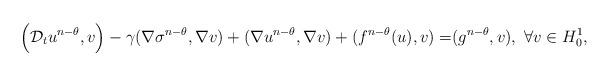
LaTeX: \begin{align*}\Big{(}\mathcal{D}_tu^{n-\theta},v\Big{)}-\gamma(\nabla \sigma^{n-\theta},\nabla v)+(\nabla u^{n-\theta},\nabla v)+(f^{n-\theta}(u),v)=&(g^{n-\theta},v),~\forall v\in H_0^1,\end{align*}